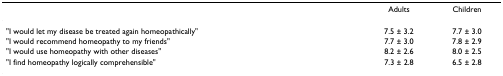
<table><thead><tr><td></td><td><b>Adults</b></td><td><b>Children</b></td></tr></thead><tbody><tr><td>&quot;I would let my disease be treated again homeopathically&quot;</td><td>7.5 ± 3.2</td><td>7.7 ± 3.0</td></tr><tr><td>&quot;I would recommend homeopathy to my friends&quot;</td><td>7.7 ± 3.0</td><td>7.8 ± 2.9</td></tr><tr><td>&quot;I would use homeopathy with other diseases&quot;</td><td>8.2 ± 2.6</td><td>8.0 ± 2.5</td></tr><tr><td>&quot;I find homeopathy logically comprehensible&quot;</td><td>7.3 ± 2.8</td><td>6.5 ± 2.8</td></tr></tbody></table>